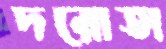
দরোতা